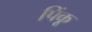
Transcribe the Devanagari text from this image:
पिंकू